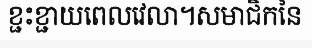
ខ្ជះខ្ជាយពេលវេលា។សមាជិកនៃ